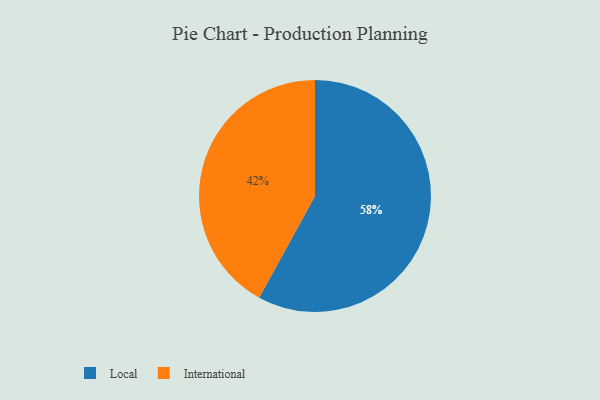
{"axis": {"x": "Category", "y": "Percentage"}, "legend": ["International", "Local"], "data": [{"x": "Local", "y": 58, "type": "Local"}, {"x": "International", "y": 42, "type": "International"}]}